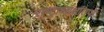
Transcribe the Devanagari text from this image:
राष्ट्राध्यक्षांतर्फे